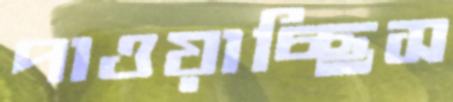
পাওয়াচ্ছিস